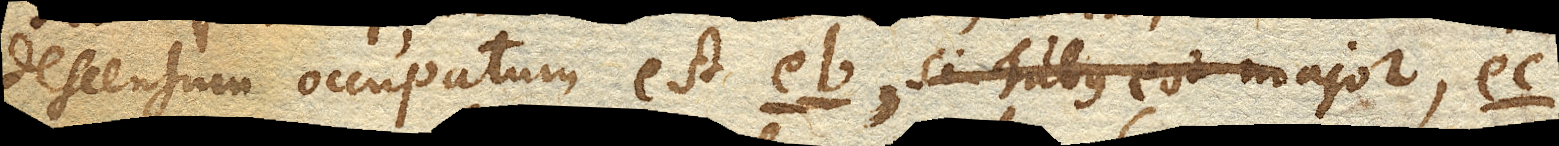
descensum occupatum est eb. si Tubus est major, ec.